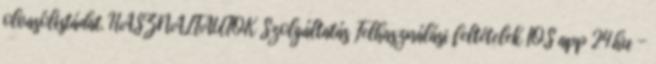
olvasólistádat. HASZNÁLTAUTÓK Szolgáltatás Felhasználási feltételek IOS app 24.hu -